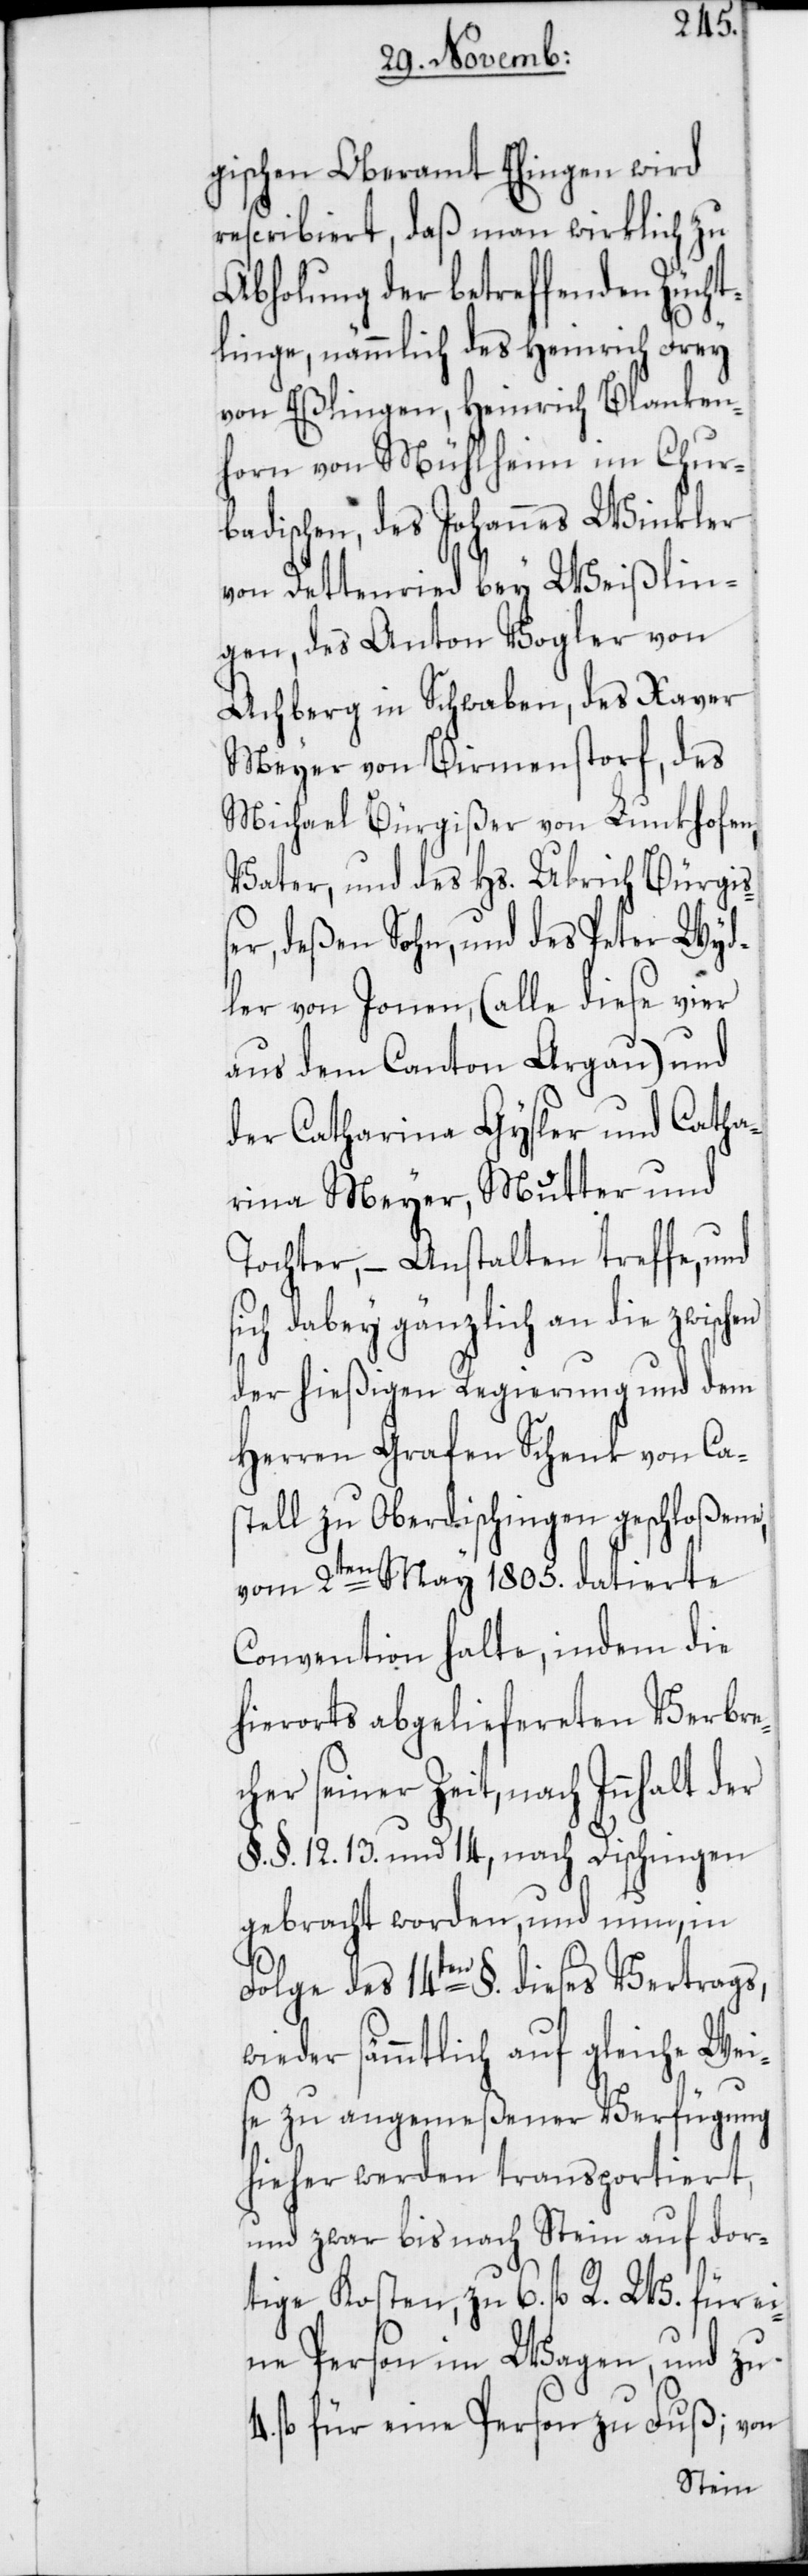
gischen Oberamt Ehingen wird
rescribiert, daß man wirklich zu
Abholung der betreffenden Zücht¬
linge, nämmlich des Heinrich Frey
von Eßlingen, Heinrich Blanken¬
horn von Mühlheim im Chur¬
badischen, des Johannes Winkler
von Dettenried bey Weißlin¬
gen, des Anton Vogler von
Achberg in Schwaben, des Xaver
Meyer von Birmenstorf, des
Michael Bürgißer von Lunkhofen,
Vater, und des Hs. Ulrich Bürgiß¬
er, deßen Sohn, und des Peter Wyd¬
ler von Jonen, (alle diese vier
aus dem Canton Argau) und
der Catharina Gysler und Catha¬
rina Meyer, Mutter und
Tochter, – Anstalten treffe, und
sich dabey gänzlich an die zwischen
der hießigen Regierung und dem
Herren Grafen Schenk von Cas¬
tell zu Oberdischingen geschloßene,
vom 2ten May 1805. datierte
Convention halte, indem die
hierorts abgeliefereten Verbre¬
cher seiner Zeit, nach Innhalt
§. §. 12. 13. und 14, nach Dischingen
gebracht worden, und nun, in
Folge des 14ten §. dieses Vertrags,
wieder sämmtlich auf gleiche Wei¬
se zu angemeßener Verfügung
hieher werden transportiert,
und zwar bis nach Stein auf dor¬
tige Kosten, zu 6. fl. R. W. für e¬
ine Person im Wagen, und zu
fl. für eine Person zu Fuß; von